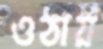
ওঠায়